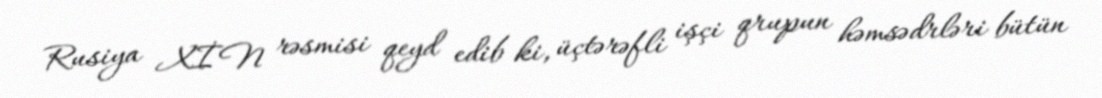
Rusiya XİN rəsmisi qeyd edib ki, üçtərəfli işçi qrupun həmsədrləri bütün